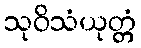
သုဝိသံယုတ္တံ